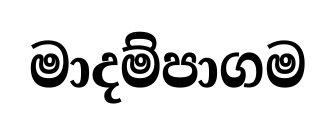
මාදම්පාගම